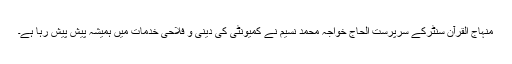
منہاج القرآن سنٹرکے سرپرست الحاج خواجہ محمد نسیم نے کمیونٹی کی دینی و فلاحی خدمات میں ہمیشہ پیش پیش رہا ہے۔